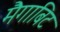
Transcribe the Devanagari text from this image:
मैगाबिट